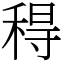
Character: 䅞